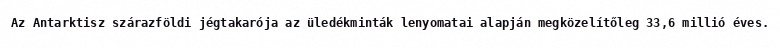
Az Antarktisz szárazföldi jégtakarója az üledékminták lenyomatai alapján megközelítőleg 33,6 millió éves.